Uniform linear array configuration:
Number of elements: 48
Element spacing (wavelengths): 1
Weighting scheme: hamming
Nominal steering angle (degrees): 0
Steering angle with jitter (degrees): -0.1381
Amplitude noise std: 0.05
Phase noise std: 0.05

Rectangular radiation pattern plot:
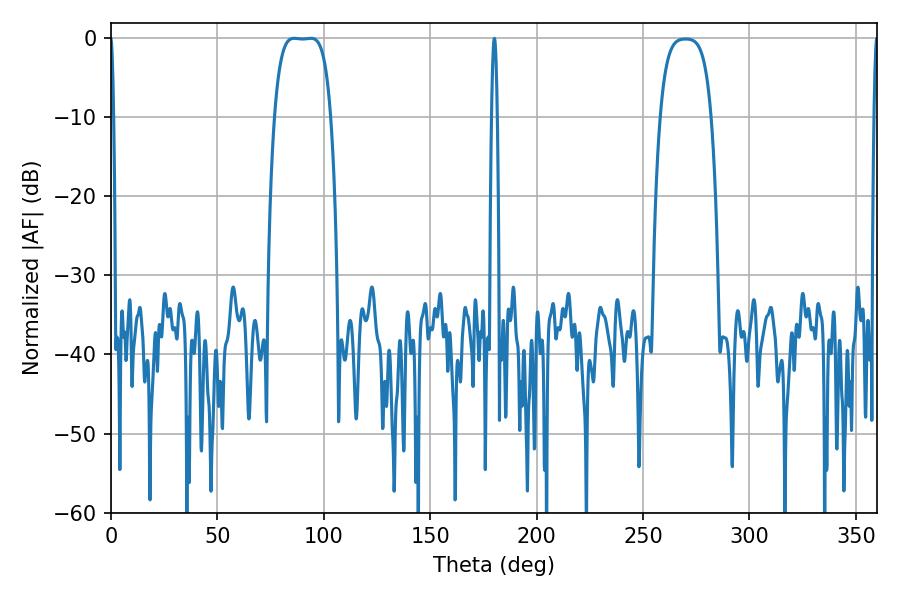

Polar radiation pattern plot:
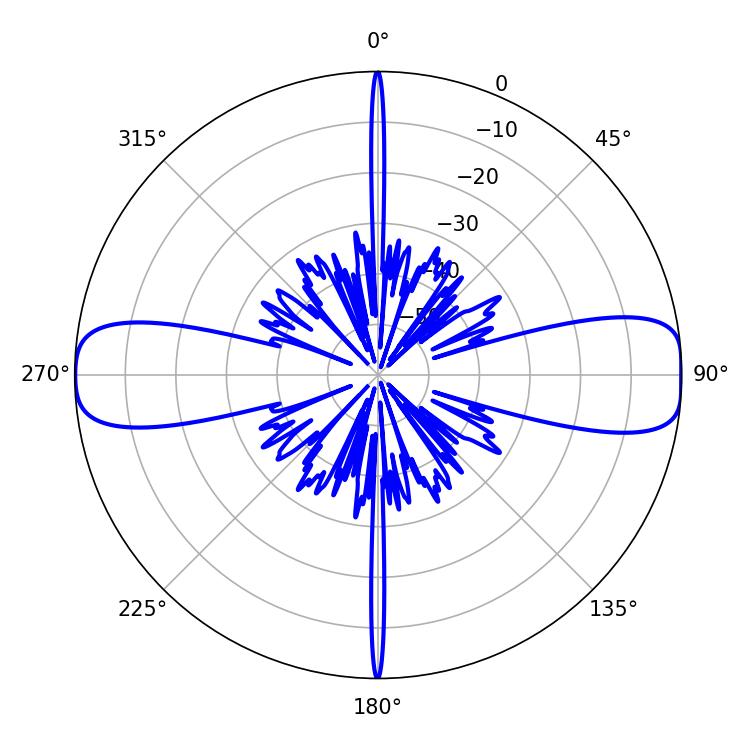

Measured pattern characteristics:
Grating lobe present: TRUE
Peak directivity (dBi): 15.02
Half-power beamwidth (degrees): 20.52
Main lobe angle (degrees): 86.04